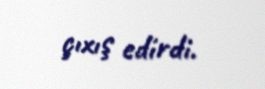
çıxış edirdi.